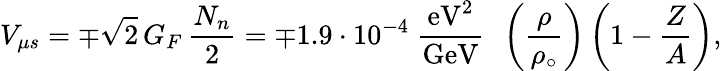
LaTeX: V_{\mu s}=\mp\sqrt{2}\, G_{F}\, {\frac{N_{n}}{2}}=\mp 1.9\cdot 10^{-4}~{\frac{\mathrm{eV}^{2}}{\mathrm{GeV}}}~~\left({\frac{\rho}{\rho_{\circ}}}\right)\left(1-{\frac{Z}{A}}\right),